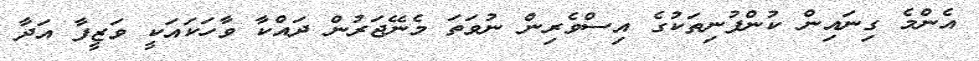
އެންމެ ގިނައިން ކުންފުނިތަކުގެ އިސްވެރިން ނުވަތަ މެނޭޖަރުން ދައްކާ ވާހަކައަކީ ވަޒީފާ އަދާ